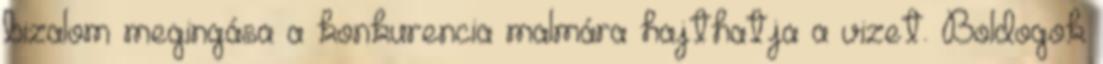
bizalom megingása a konkurencia malmára hajthatja a vizet. Boldogok